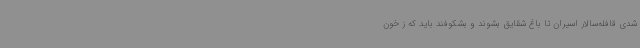
شدی قافله‌سالار اسیران تا باغ شقایق بشوند و بشکوفند باید که ز خون